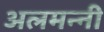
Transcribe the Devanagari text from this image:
अलमन्नी